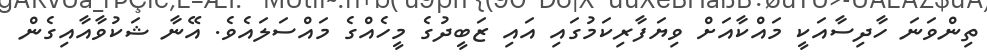
ތިންވަނަ ހާދިސާއަކީ މައްކާއަށް ވިޔަފާރިކަމުގައި އައި ޒަބީދުގެ މީހެއްގެ މައްސަލައެވެ. އޭނާ ޝަކުވާއާއިގެން